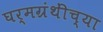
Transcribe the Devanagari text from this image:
घर्मग्रंथींच्या